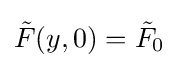
{\tilde {F}}(y,0)={\tilde {F}}_{0}